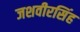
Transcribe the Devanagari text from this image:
जशवीरसिंह